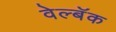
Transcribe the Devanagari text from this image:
वेल्बॅक